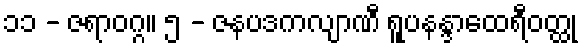
၁၁ - ဇရာဝဂ္ဂ။ ၅ - ဇနပဒကလျာဏီ ရူပနန္ဒာထေရီဝတ္ထု